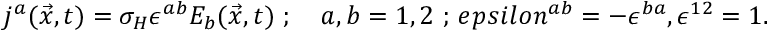
j ^ { a } ( \vec { x } , t ) = \sigma _ { H } \epsilon ^ { a b } E _ { b } ( \vec { x } , t ) \ ; \quad a , b = 1 , 2 \ ; \, e p s i l o n ^ { a b } = - \epsilon ^ { b a } , \epsilon ^ { 1 2 } = 1 .